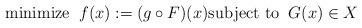
LaTeX: \begin{align*}\mbox{minimize} \;\; f(x):= (g \circ F) (x) \mbox{subject to}\;\; G(x) \in X\end{align*}